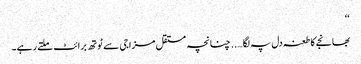
‘‘
بھانجے کا طعنہ دل پہ لگا….. چنانچہ مستقل مزاجی سے ٹوتھ برائٹ ملتے رہے۔